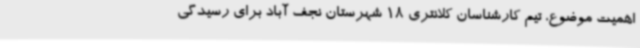
اهمیت موضوع، تیم کارشناسان کلانتری 18 شهرستان نجف آباد برای رسیدگی